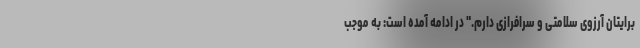
برایتان آرزوی سلامتی و سرافرازی دارم." در ادامه آمده است: به موجب